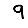
Digit: 9